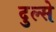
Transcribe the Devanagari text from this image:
दुल्से